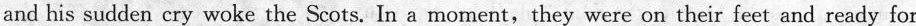
and his sudden cry woke the Scots. In a moment, they were on their feet and ready for